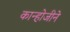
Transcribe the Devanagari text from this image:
कान्होजीने